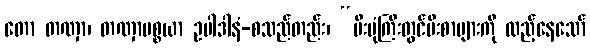
တော တဏှာ၊ တဏှာပစ္စယာ ဥပါဒါနံ-စသည်တည်း၊ “မီးပုံကြီးတွင်မီးစာများကို ထည့်နေသော်